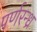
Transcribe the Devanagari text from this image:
पर्णरन्ध्र